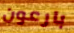
بارعون